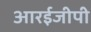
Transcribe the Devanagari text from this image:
आरईजीपी